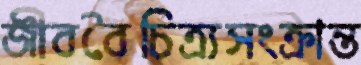
জীববৈচিত্র্যসংক্রান্ত